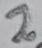
Text: 2